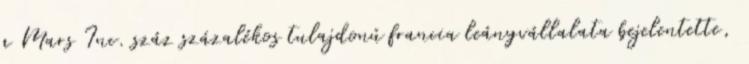
a Mars Inc. száz százalékos tulajdonú francia leányvállalata bejelentette,